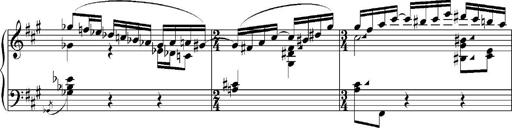
Title: Sonatina No.5
Composer: Otto Stoll
Key: F-sharp minor